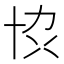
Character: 𫝓